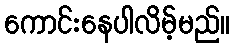
ကောင်းနေပါလိမ့်မည်။